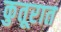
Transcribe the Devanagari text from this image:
कुतूरात